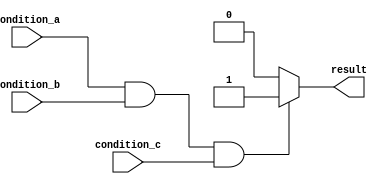
module if_else_statement (
    input wire condition_a,
    input wire condition_b,
    input wire condition_c,
    output reg result
);

always @(*) begin
    if (condition_a && condition_b && condition_c) begin
        // Code block within the if statement
        result <= 1'b1;
    end
    else begin
        // Code block within the else statement
        result <= 1'b0;
    end
end

endmodule